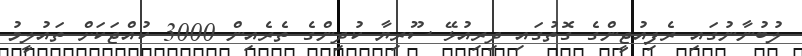
ލުބުނާނުގައި ރެފިއުޖީންގެ ގޮތުގައި ދިރިއުޅޭ ސޫރިޔާ ކުދިންގެ ތެރެއިން 3000 ކުއްޖަކަށް ތައުލީމު